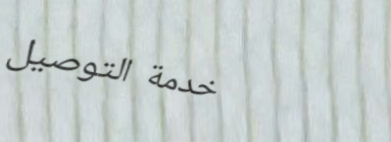
خدمة التوصيل